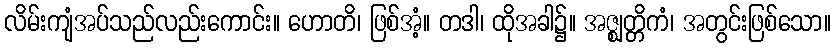
လိမ်းကျံအပ်သည်လည်းကောင်း။ ဟောတိ၊ ဖြစ်အံ့။ တဒါ၊ ထိုအခါ၌။ အဇ္ဈတ္တိကံ၊ အတွင်းဖြစ်သော။